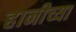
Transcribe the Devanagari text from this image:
हानीच्या